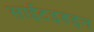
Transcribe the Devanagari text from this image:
साईटइडइन